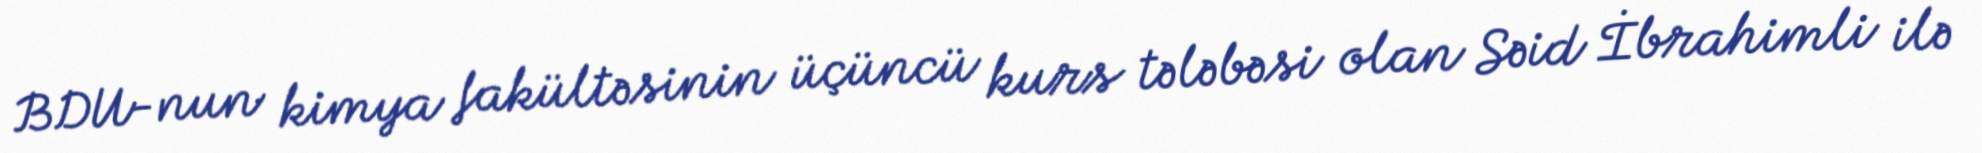
BDU-nun kimya fakültəsinin üçüncü kurs tələbəsi olan Səid İbrahimli ilə